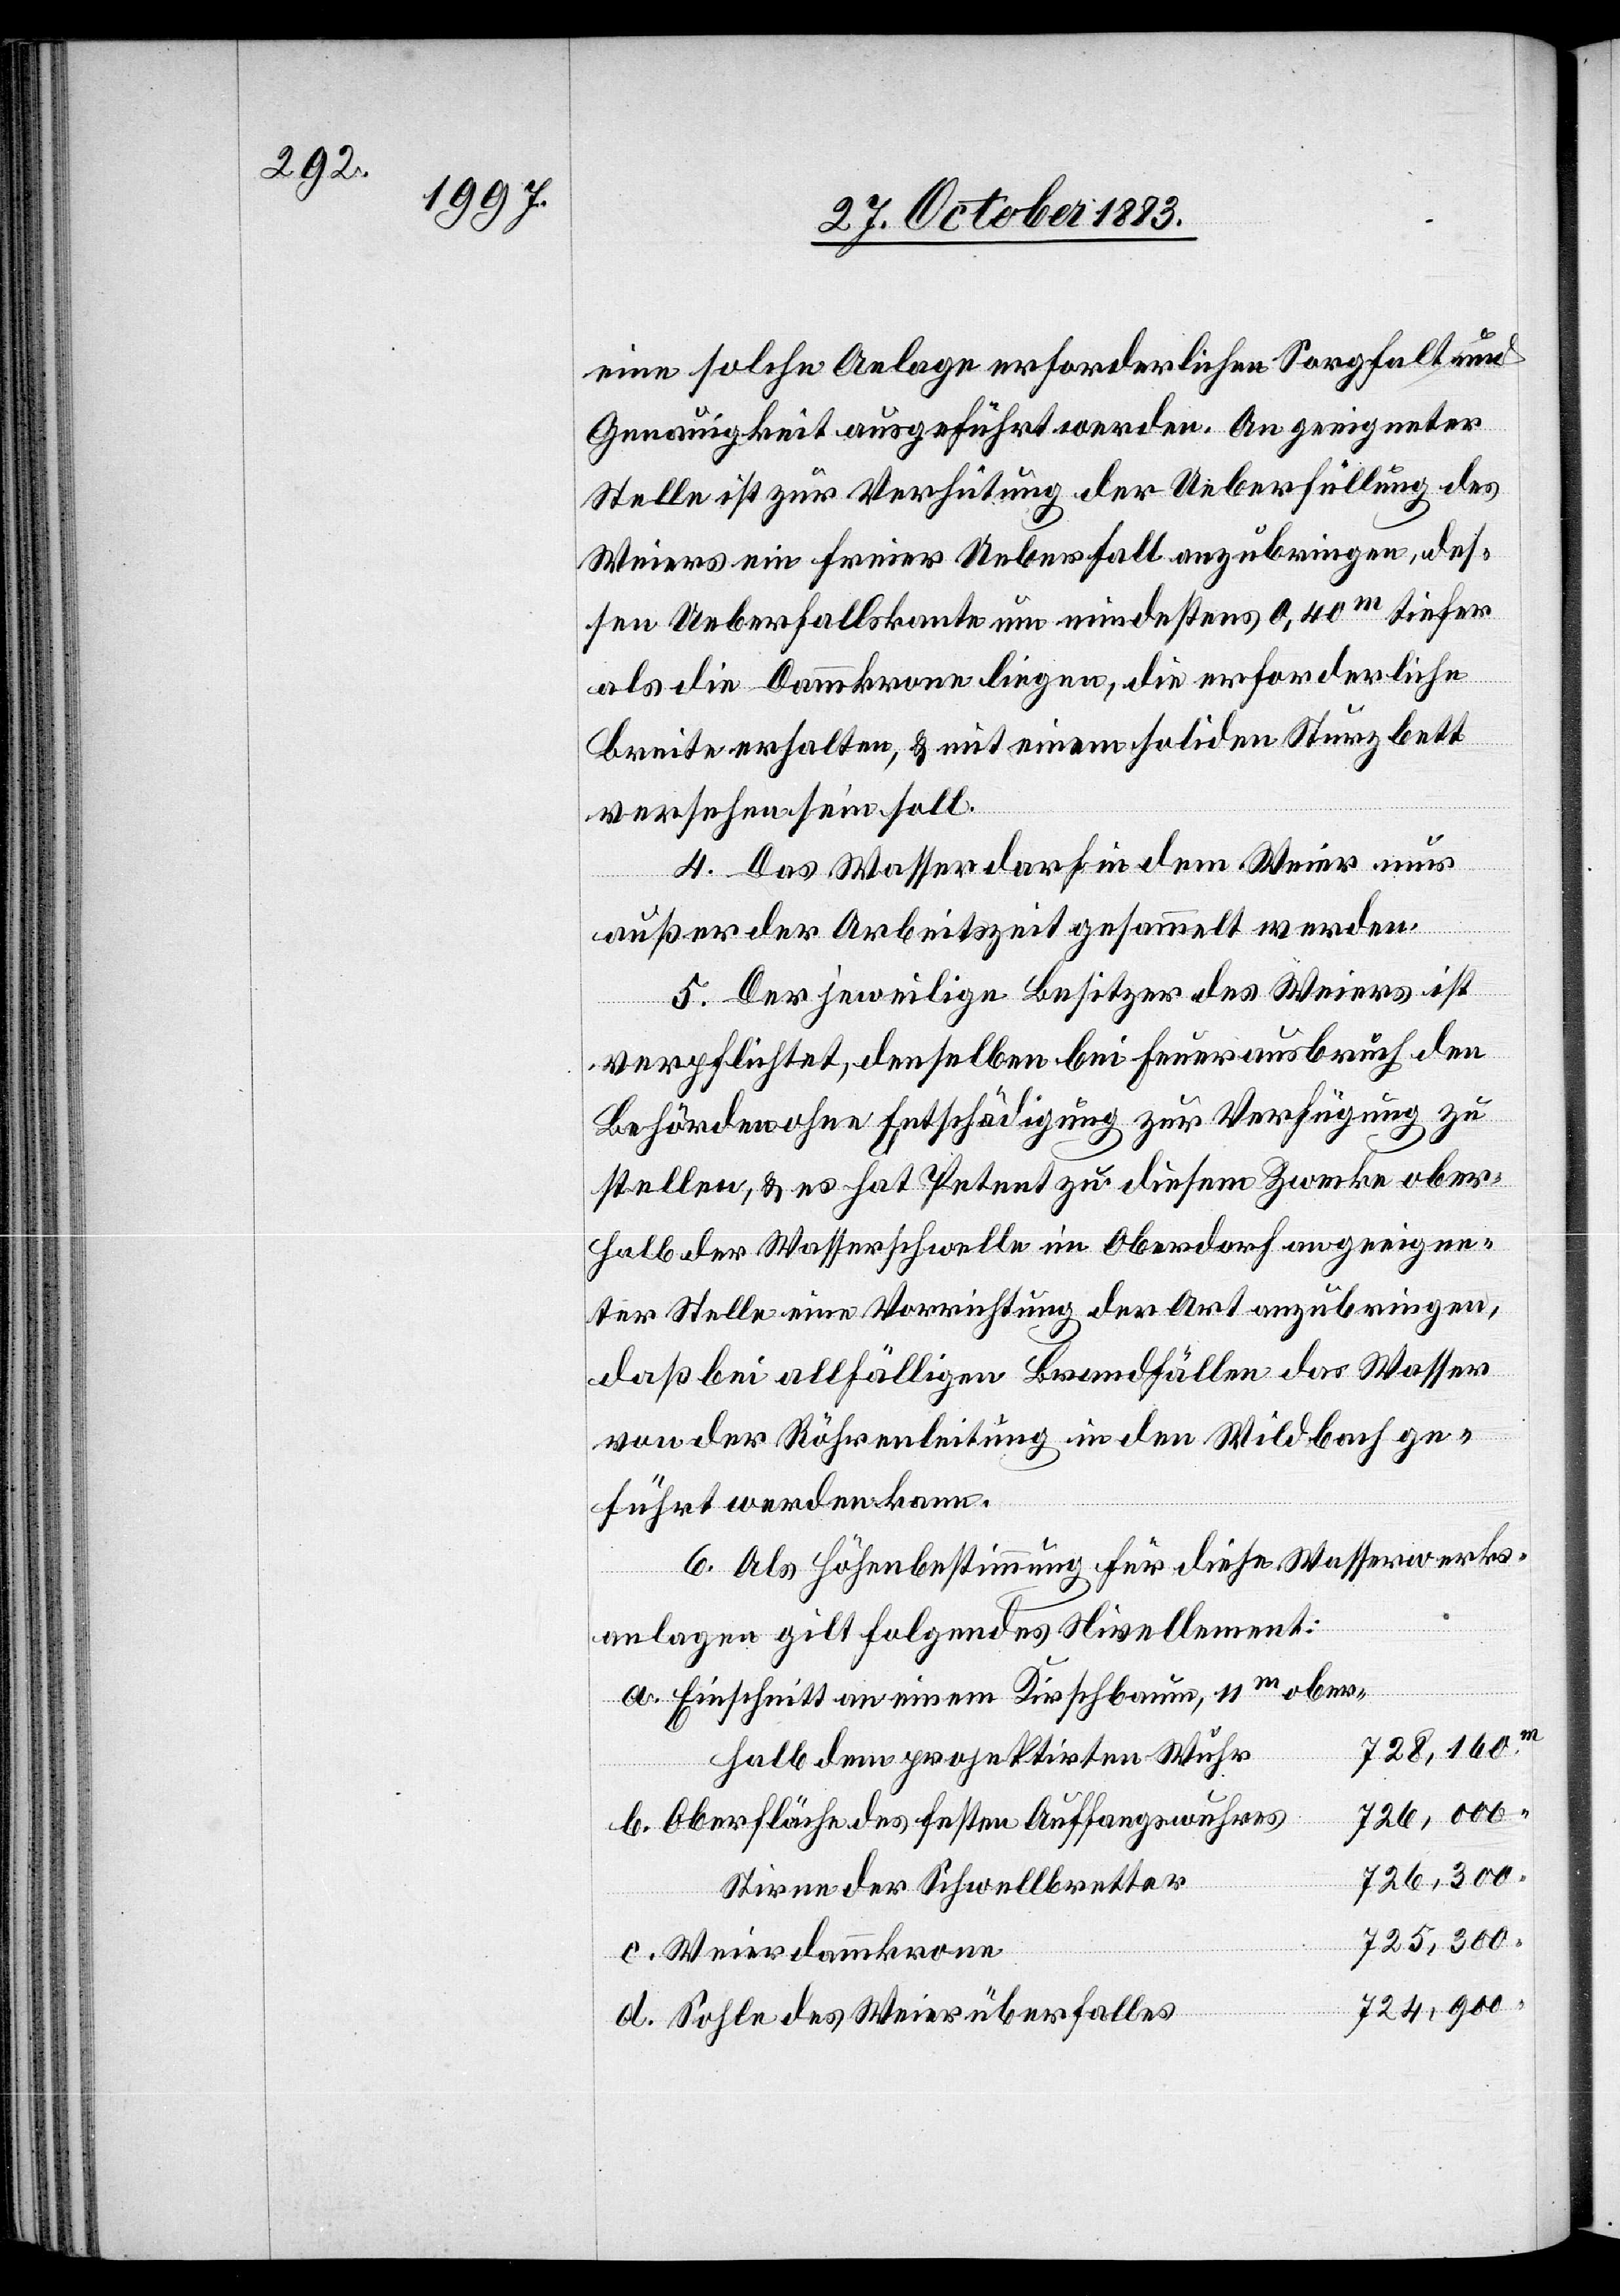
eine solche Anlage erforderlichen Sorgfalt und
Genauigkeit ausgeführt werden. An geeigneter
Stelle ist zur Verhütung der Ueberfüllung des
Weiers ein freier Ueberfall anzubringen, des¬
sen Ueberfallskante um mindestens 0.40m tiefer
als die Dammkrone liegen, die erforderliche
Breite erhalten, & mit einem soliden Sturzbett
d.
versehen sein soll.
4. Das Wasser darf in dem Weier nur
außer der Arbeitszeit gesammelt werden.
5. Der jeweilige Besitzer des Weiers ist
verpflichtet, denselben bei Feuerausbruch den
Behörden ohne Entschädigung zur Verfügung zu
stellen, & es hat Petent zu diesem Zwecke ober¬
halb der Wasserschwelle im Oberdorf an geeigne¬
ter Stelle eine Vorrichtung der Art anzubringen,
daß bei allfälligen Brandfällen das Wasser
von der Röhrenleitung in den Wildbach ge¬
führt werden kann.
6. Als Höhenbestimmung für diese Wasserwerks¬
anlagen gilt folgendes Nivellement:
Einschnitt an einem Kirschbaum, 11 m ober¬
728,160
halb dem projektirten Wuhr
724,900
Oberfläche des festen Auffangswuhres
Stirne der Schwellbretter
725,300
Weierdammkrone
Sohle des Weierüberfalles